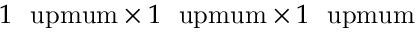
1 \ \mathrm { \ u p m u m } \times 1 \ \mathrm { \ u p m u m } \times 1 \ \mathrm { \ u p m u m }